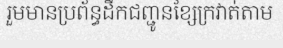
រួមមានប្រព័ន្ធដឹកជញ្ជូនខ្សែក្រវាត់តាម